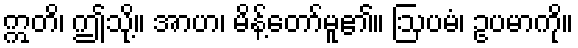
ဣတိ၊ ဤသို့။ အာဟ၊ မိန့်တော်မူ၏။ ဩပမံ၊ ဥပမာကို။